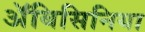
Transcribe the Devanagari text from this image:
अॅबिसिनिया